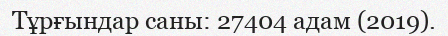
Тұрғындар саны: 27404 адам (2019).